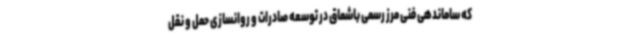
که ساماندهی فنی مرز رسمی باشماق در توسعه صادرات و روانسازی حمل و نقل